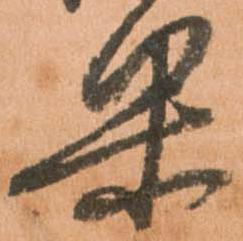
果